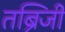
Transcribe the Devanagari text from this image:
तब्रिजी